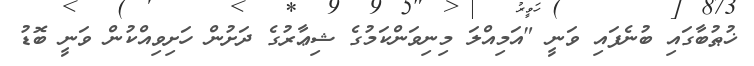
ޚުޠުބާގައި ބުނެފައި ވަނީ "އަމިއްލަ މިނިވަންކަމުގެ ޝިޢާރުގެ ދަށުން ހަށިވިއްކުން ވަނީ ބޮޑު